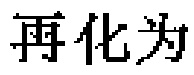
再化为